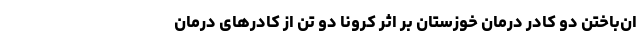
ان‌باختن‌ دو کادر درمان خوزستان بر اثر کرونا‌ دو تن از کادرهای درمان